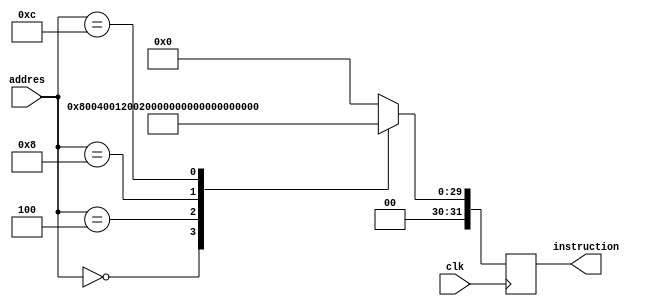
module instruction_memor
#(
    parameter WORD_SIZE = 32
)
(
    input                        clk
,   input      [WORD_SIZE-1:0]   addres
,   output reg [WORD_SIZE-1:0]   instruction
);

always @( posedge clk ) begin
    case ( addres )
        32'h00000000: instruction <= 32'b001000_00000_00001_0000000000000100;   // -> addi $s0, $0, 4
        32'h00000004: instruction <= 32'b001000_00000_00010_0000000000000110;   // -> addi $s1, $0, 6
        32'h00000008: instruction <= 32'b000000_00001_00010_00011_00000_100000; // -> add $s0, $s1, $s2
        32'h0000000C: instruction <= 32'b000010_00000000000000000000000000;     // -> j 0
        default:      instruction <= 32'b00000000000000000000000000000000;
    endcase
end

endmodule